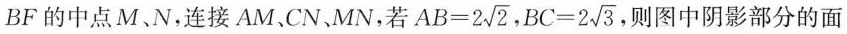
BF的中点M、N，连接AM、CN、MN，若 $$A B = 2 \sqrt { 2 }$$ ， $$B C = 2 \sqrt { 3 }$$ ，则图中阴影部分的面